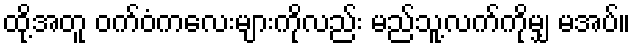
ထို့အတူ ဝက်ဝံကလေးများကိုလည်း မည်သူ့လက်ကိုမျှ မအပ်။